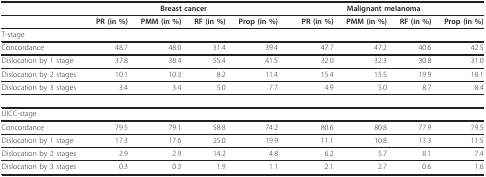
|  | <COLSPAN=4> Breast cancer | <COLSPAN=4> Malignant melanoma |
 | --- | --- | --- | --- | --- | --- | --- | --- | --- |
 |  | PR (in %) | PMM (in %) | RF (in %) | Prop (in %) | PR (in %) | PMM (in %) | RF (in %) | Prop (in %) |
 | T-stage |  |  |  |  |  |  |  |  |
 | Concordance | 48.7 | 48.0 | 31.4 | 39.4 | 47.7 | 47.2 | 40.6 | 42.5 |
 | Dislocation by 1 stage | 37.8 | 38.4 | 55.4 | 41.5 | 32.0 | 32.3 | 30.8 | 31.0 |
 | Dislocation by 2 stages | 10.1 | 10.3 | 8.2 | 11.4 | 15.4 | 15.5 | 19.9 | 18.1 |
 | Dislocation by 3 stages | 3.4 | 3.4 | 5.0 | 7.7 | 4.9 | 5.0 | 8.7 | 8.4 |
 | UICC-stage |  |  |  |  |  |  |  |  |
 | Concordance | 79.5 | 79.1 | 58.8 | 74.2 | 80.6 | 80.8 | 77.9 | 79.5 |
 | Dislocation by 1 stage | 17.3 | 17.6 | 25.0 | 19.9 | 11.1 | 10.8 | 13.3 | 11.5 |
 | Dislocation by 2 stages | 2.9 | 2.9 | 14.2 | 4.8 | 6.2 | 5.7 | 8.1 | 7.4 |
 | Dislocation by 3 stages | 0.3 | 0.3 | 1.9 | 1.1 | 2.1 | 2.7 | 0.6 | 1.6 |